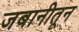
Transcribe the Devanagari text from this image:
जबानीतून